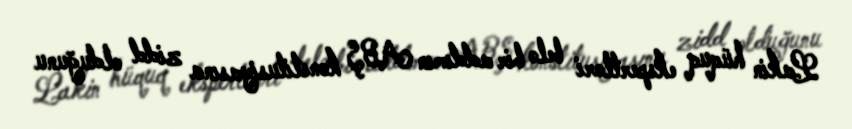
Lakin hüquq ekspertləri belə bir addımın ABŞ konstitusiyasına zidd olduğunu